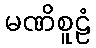
မဏိစူဠံ